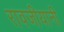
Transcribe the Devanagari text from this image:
रावजीयानी